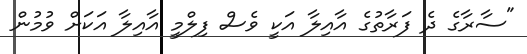
"ސާރާގެ ދެ ފަރާތުގެ އާއިލާ އަކީ ވެސް ފިލްމީ އާއިލާ އަކަށް ވުމުން